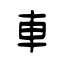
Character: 車